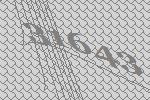
31643